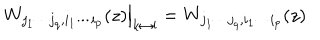
\qquad \left. W _ { j _ { 1 } \cdots j _ { q } , i _ { 1 } \cdots i _ { p } } ( z ) \right| _ { k \leftrightarrow l } = W _ { j _ { 1 } \cdots j _ { q } , i _ { 1 } \cdots i _ { p } } ( z ) \qquad